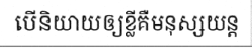
បើនិយាយឲ្យខ្លីគឺមនុស្សយន្ត